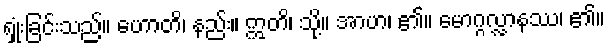
ရှုံးခြင်းသည်။ ဟောတိ၊ နည်း။ ဣတိ၊ သို့။ အာဟ၊ ၏။ မောဂ္ဂလ္လာနဿ၊ ၏။